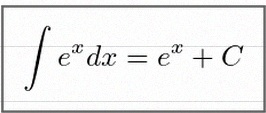
\int e^x dx=e^x+C